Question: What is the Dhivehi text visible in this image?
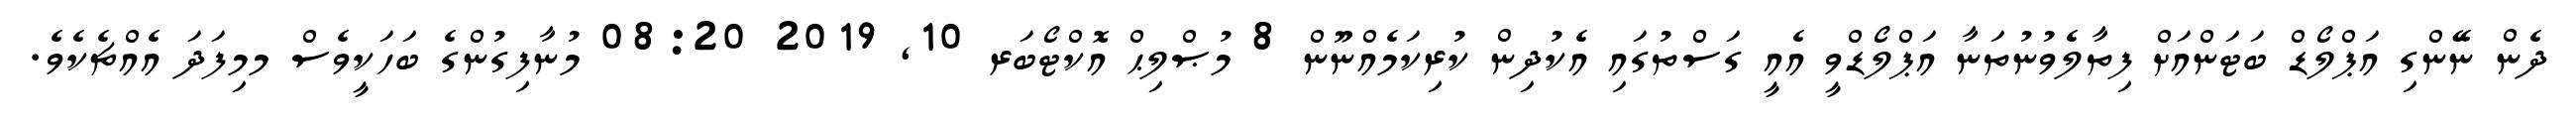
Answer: ދެން ނޭންގި އަޕްލޯޑް ބަޓަންއަށް ފިތާލެވުނުތަނާ އަޕްލޯޑްވީ އެއީ ގަސްތުގައި އެކުދިން ކުރިކަމެއްނޫން 8 މުޞްލިޙް އޮކްޓޯބަރ 10, 2019 08:20 މުނާފިގުންގެ ބަހަކީވެސް މމިފަދަ އެއްޗެކެވެ.